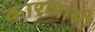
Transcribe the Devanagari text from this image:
कारणासी